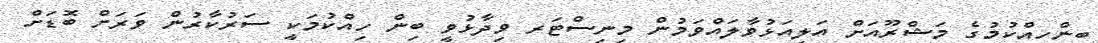
ބިންހިއްކުމުގެ މަޝްރޫއަށް އަލިއަޅުވާލައްވަމުން މިނިސްޓަރ ވިދާޅުވީ ބިން ހިއްކުމަކީ ސަރުކާރުން ވަރަށް ބޮޑަށް